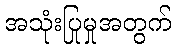
အသုံးပြုမှုအတွက်